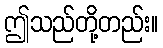
ဤသည်တို့တည်း။